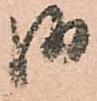
御